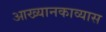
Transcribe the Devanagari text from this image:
आख्यानकाव्यास